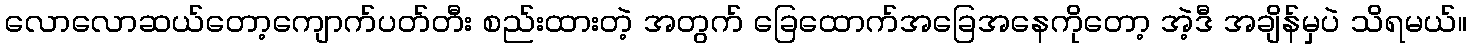
လောလောဆယ်တော့ကျောက်ပတ်တီး စည်းထားတဲ့ အတွက် ခြေထောက်အခြေအနေကိုတော့ အဲ့ဒီ အချိန်မှပဲ သိရမယ်။